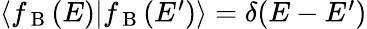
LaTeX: \begin{array}{r}{\langle f_{\mathrm{~B~}}(E)|f_{\mathrm{~B~}}(E^{\prime})\rangle=\delta(E-E^{\prime})}\end{array}